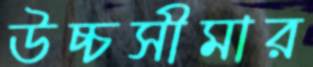
উচ্চসীমার